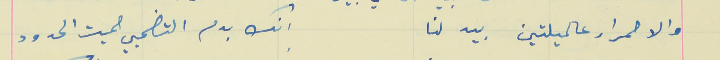
والاحمرار عالميلتين بيدلنا                                     انك بدم التضحيي حميت الحدود